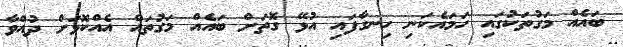
ބައެއް މަގުތަކުގައި ހަމައެކަނި ހިނގާފައި އުޅޭ ގޮތަށް ބައެއް މަގުތައް އެއްކޮޅަށް ދުއްވާ